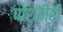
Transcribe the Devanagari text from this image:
पोर्फ़ोरी